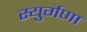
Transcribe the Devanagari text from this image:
स्युर्गणा